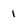
Character: 1